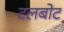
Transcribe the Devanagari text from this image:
टलबोट